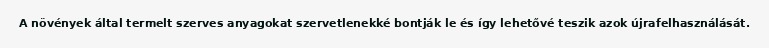
A növények által termelt szerves anyagokat szervetlenekké bontják le és így lehetővé teszik azok újrafelhasználását.